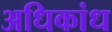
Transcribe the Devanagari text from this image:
अधिकांध